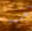
أغنيه